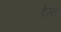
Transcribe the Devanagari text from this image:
टेम्‍स